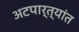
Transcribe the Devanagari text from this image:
अटपार्त्यांत